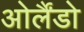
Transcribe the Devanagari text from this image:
ओर्लैंडो